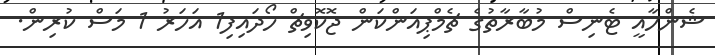
ޝެންހާއީ ޓެނިސް މުބާރާތުގެ ޗެމްޕިއަންކަން ޖޮކޮވިޗް ހޯދައިފި1 އަހަރު 1 މަސް ކުރިން.